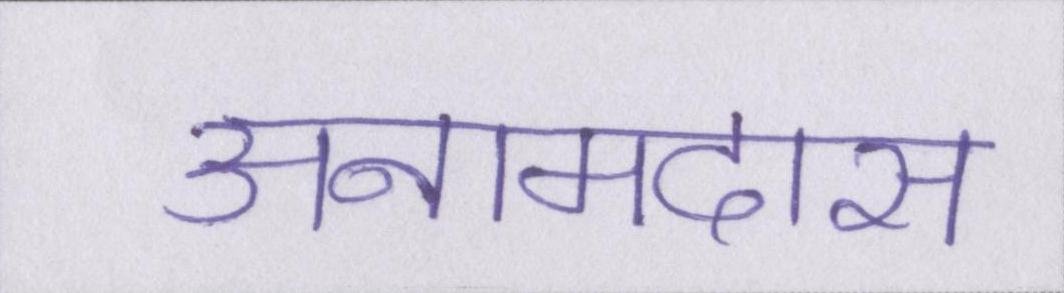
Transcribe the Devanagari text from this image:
अनामदास